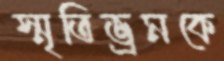
স্মৃতিভ্রমকে